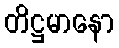
တိဋ္ဌမာနော